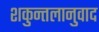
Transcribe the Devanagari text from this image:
शकुन्तलानुवाद